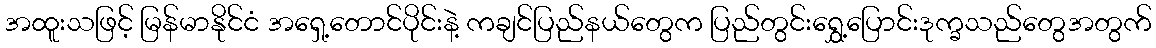
အထူးသဖြင့် မြန်မာနိုင်ငံ အရှေ့တောင်ပိုင်းနဲ့ ကချင်ပြည်နယ်တွေက ပြည်တွင်းရွှေ့ပြောင်းဒုက္ခသည်တွေအတွက်